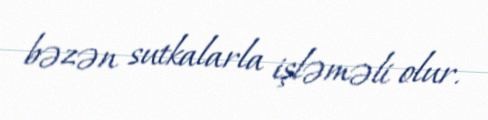
bəzən sutkalarla işləməli olur.